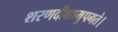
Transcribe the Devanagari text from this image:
शरणदीक्षामुपगते।